Triennial report on the lunatic asylums in the province of Eastern Bengal and Assam - 1903-1911
Year: 1903
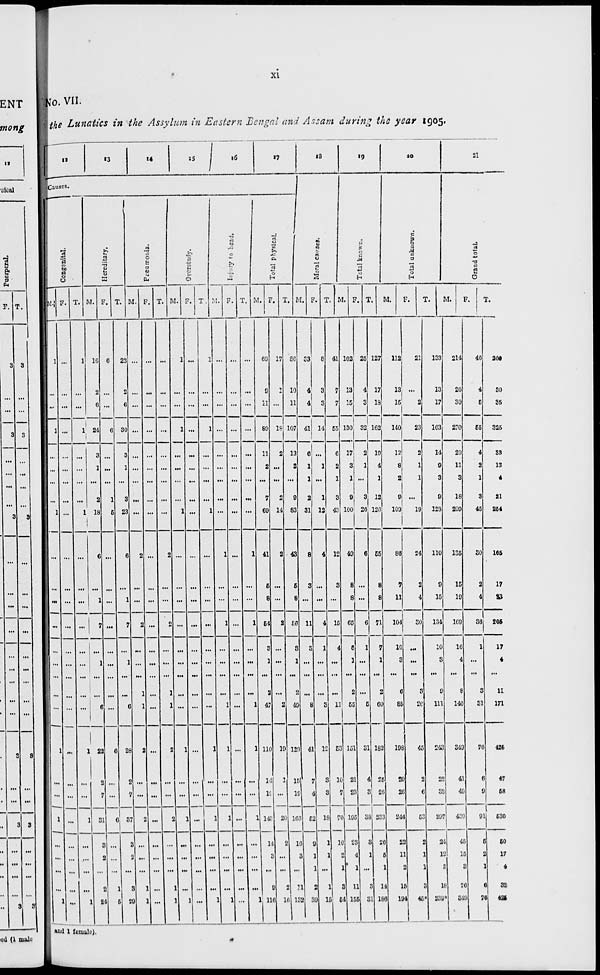
xi
No. VII.
the Lunatics in the Assylum in Eastern Bengal and Assam during the year 1905.
12
13
14
15
1 6 17
Causes.
Congenital.
M.
1
...
...
1
...
...
...
...
1
...
...
...
...
...
...
...
...
...
1
...
...
1
...
...
...
...
1
F.
...
...
...
...
...
...
...
...
...
...
...
...
...
...
...
...
...
...
...
...
...
...
...
...
...
...
...
T.
1
...
...
1
...
...
...
...
1
...
...
...
...
...
...
...
...
...
1
...
...
1
...
...
...
...
1
Hereditary.
M.
16
2
6
24
3
1
...
2
18
6
...
1
7
...
1
...
...
6
22
2
7
31
3
2
...
2
24
F.
6
...
...
6
...
...
...
1
5
...
...
...
...
...
...
...
...
...
6
...
...
6
...
...
...
1
5
T.
22
2
6
30
3
1
...
3
23
6
...
1
7
...
1
...
...
6
28
2
7
37
3
2
...
3
29
Pneumonia.
M.
...
...
...
...
...
...
...
...
...
2
...
...
2
...
...
...
1
1
2
...
...
2
...
...
...
1
1
F.
...
...
...
...
...
...
...
...
...
...
...
...
...
...
...
...
...
...
...
...
...
...
...
...
...
...
...
T.
...
...
...
...
...
...
...
...
...
2
...
...
2
...
...
...
1
1
2
...
...
2
...
...
...
1
1
Overstudy.
M.
1
...
...
1
...
...
...
...
1
...
...
...
...
...
...
...
...
...
1
...
...
1
...
...
...
...
1
F.
...
...
...
...
...
...
...
...
...
...
...
...
...
...
...
...
...
...
...
....
...
...
...
...
...
...
...
T.
1
...
...
1
...
...
...
...
1
...
...
...
...
...
...
...
...
...
1
...
...
1
...
...
...
...
1
Injury
to head.
M.
...
...
...
...
...
...
...
...
...
1
...
...
1
...
...
...
...
1
1
...
...
1
...
...
...
...
1
F.
...
...
...
...
...
...
...
...
...
...
...
...
...
...
...
...
...
...
...
...
...
...
...
...
...
...
...
T.
...
...
...
...
...
...
...
...
...
1
...
...
1
...
...
...
...
1
1
...
...
1
...
...
...
...
1
Total physical.
M.
69
9
11
89
11
2
...
7
69
41
5
8
54
3
1
...
2
47
110
14
19
143
14
3
...
9
116
F.
17
1
...
19
2
...
...
2
14
2
...
...
2
...
...
...
...
2
19
1
...
20
2
...
...
2
16
T.
86
10
11
107
13
2
...
9
83
43
5
8
56
3
1
...
2
49
120
15
19
163
16
3
...
11
132
18
Moral causes.
M.
33
4
4
41
6
1
1
2
31
8
3
...
11
3
...
...
...
8
41
7
4
52
9
1
1
2
39
F.
8
3
3
14
...
1
...
1
12
4
...
...
4
1
...
...
...
3
12
3
3
18
1
1
...
1
15
T.
41
7
7
55
6
2
1
3
43
12
3
...
15
4
...
...
...
11
53
10
7
70
10
2
1
3
54
19
Total known.
M.
102
13
15
130
17
3
1
9
100
49
8
8
65
6
1
...
2
55
151
21
23
195
23
4
1
11
155
F.
25
4
3
32
2
1
...
3
26
6
...
...
6
1
...
...
...
5
31
4
3
38
3
1
...
3
31
T.
127
17
18
162
19
4
1
12
126
55
8
8
71
7
1
...
2
60
182
25
26
233
26
5
1
14
186
20
Total unknown.
M.
112
13
15
140
12
8
2
9
109
86
7
11
104
10
3
...
6
85
198
20
26
244
22
11
2
15
194
F.
21
...
2
23
2
1
1
...
19
24
2
4
30
...
...
...
3
26
45
2
6
53
2
1
1
3
46*
T.
133
13
17
163
14
9
3
9
128
110
9
15
134
10
3
...
9
111
243
22
32
297
24
12
3
18
239*
21
Grand total.
M.
214
26
30
270
29
11
3
18
209
135
15
19
169
16
4
...
8
140
349
41
49
439
45
15
3
26
349
F.
46
4
5
55
4
2
1
3
45
30
2
4
36
1
...
...
3
31
76
6
9
91
5
2
1
6
76
T.
260
30
35
325
33
13
4
21
254
165
17
23
205
17
4
...
11
171
425
47
58
530
50
17
4
32
425
and 1 female).